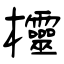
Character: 欞